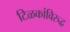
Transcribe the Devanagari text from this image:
टिळकांविरुद्ध